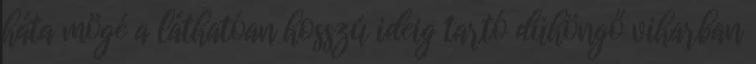
háta mögé a láthatóan hosszú ideig tartó dühöngő viharban